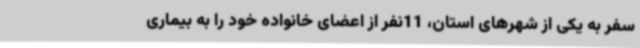
سفر به یکی از شهرهای استان، 11نفر از اعضای خانواده خود را به بیماری